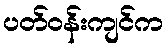
ပတ်ဝန်းကျင်က